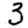
Digit: 3